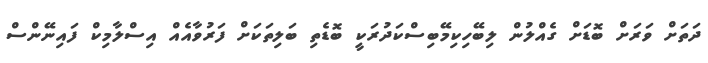
ދަތަށް ވަރަށް ބޮޑަށް ގެއްލުން ލިބޭހިކިމޭބިސްކަދުރަކީ ބޮޑެތި ބަލިތަކަށް ފަރުވާއެއް އިސްލާމިކް ފައިނޭންސް